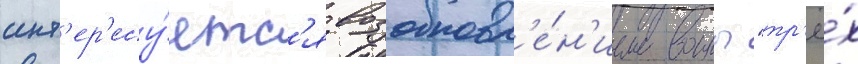
инт'ер'есу́етс'я возобновл'е́н'ием воины "тр'ё́х